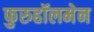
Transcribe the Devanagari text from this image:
फुरुहॉलमेन